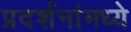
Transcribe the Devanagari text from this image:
प्रदर्शनांमध्ये